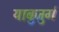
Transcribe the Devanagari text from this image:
याबुजुर्ग